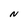
Character: N